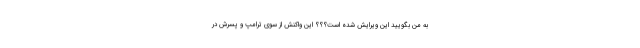
به من بگویید این ویرایش شده است؟؟؟ این واکنش از سوی ترامپ و پسرش در